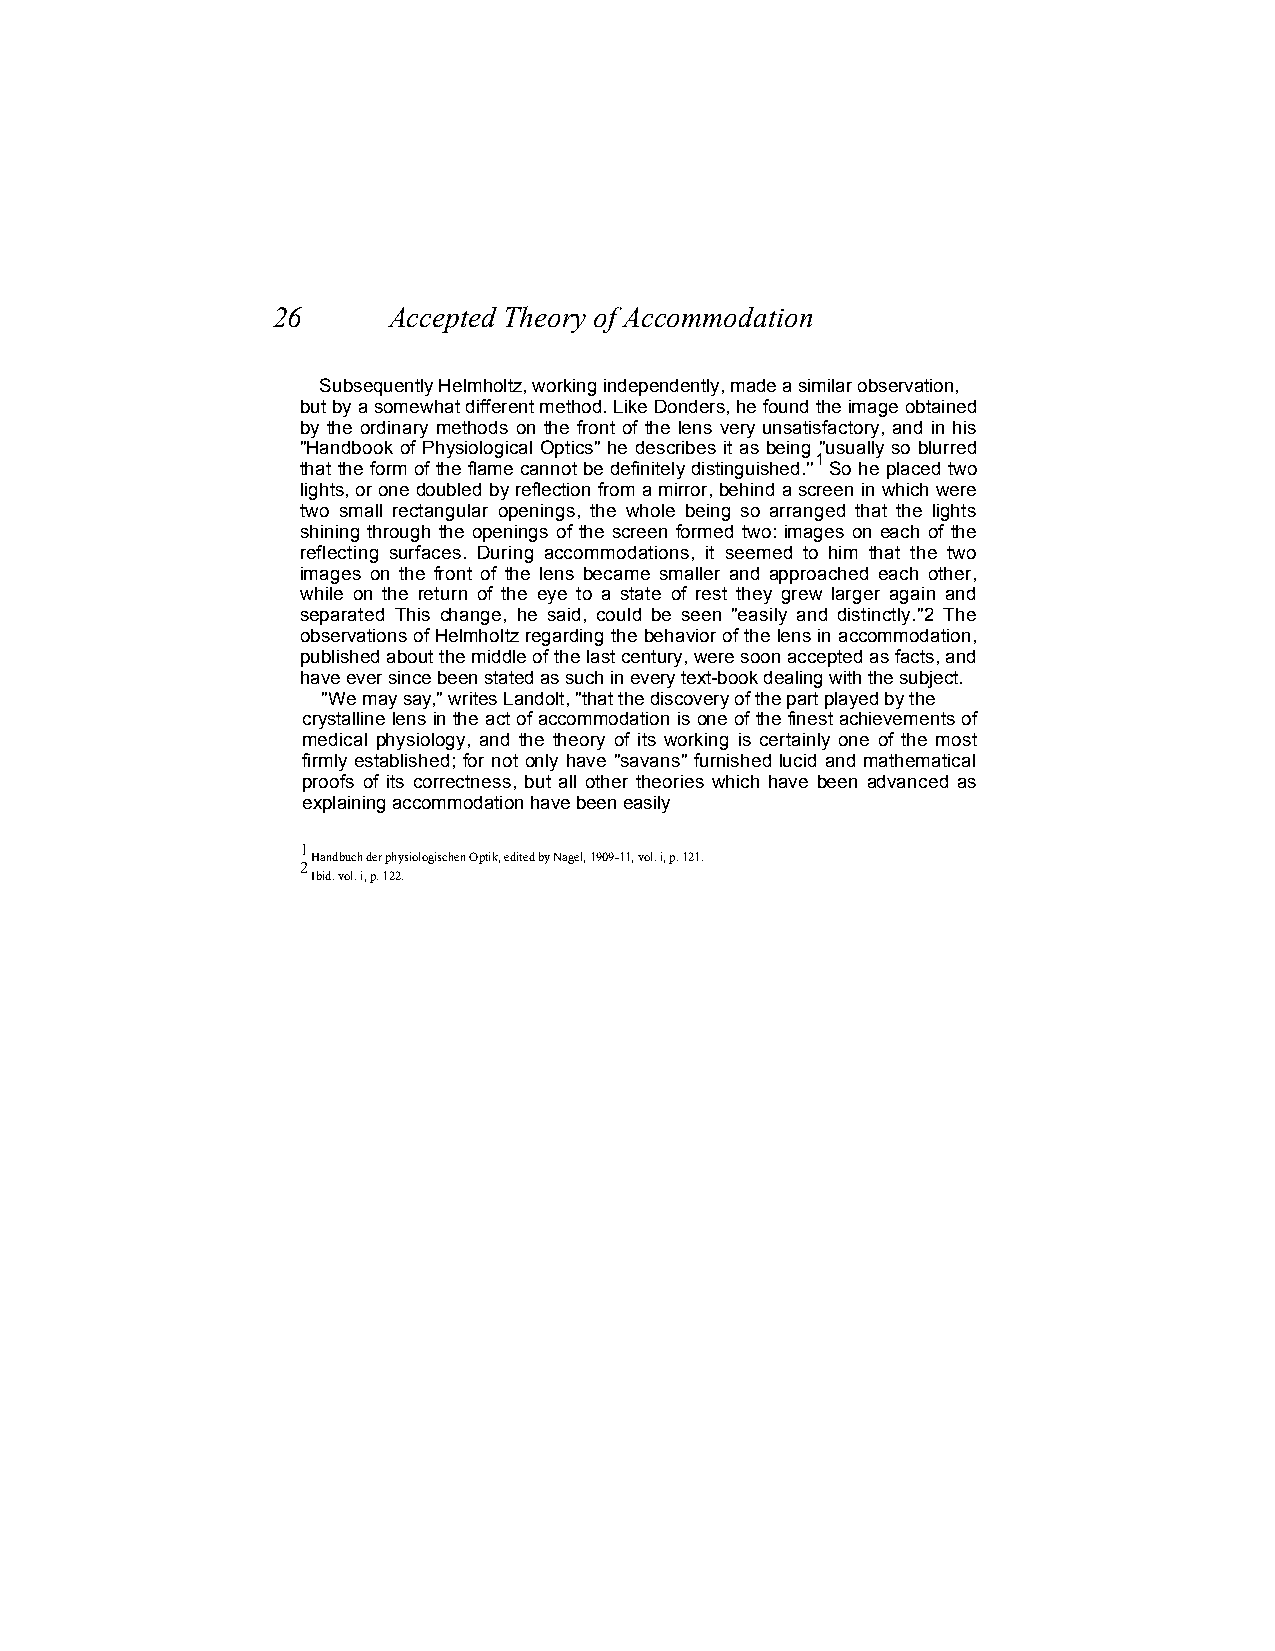
26      Accepted Theory of Accommodation
 Subsequently Helmholtz, working independently, made a similar observation,
 but by a somewhat different method. Like Donders, he found the image obtained
 by the ordinary methods on the front of the lens very unsatisfactory, and in his
 "Handbook of Physiological Optics" he describes it as being "usually so blurred
 1
 that the form of the flame cannot be definitely distinguished.'' So he placed two
 lights, or one doubled by reflection from a mirror, behind a screen in which were
 two small rectangular openings, the whole being so arranged that the lights
 shining through the openings of the screen formed two: images on each of the
 reflecting surfaces. During accommodations, it seemed to him that the two
 images on the front of the lens became smaller and approached each other,
 while on the return of the eye to a state of rest they grew larger again and
 separated This change, he said, could be seen "easily and distinctly."2 The
 observations of Helmholtz regarding the behavior of the lens in accommodation,
 published about the middle of the last century, were soon accepted as facts, and
 have ever since been stated as such in every text-book dealing with the subject.
 "We may say," writes Landolt, "that the discovery of the part played by the
 crystalline lens in the act of accommodation is one of the finest achievements of
 medical physiology, and the theory of its working is certainly one of the most
 firmly established; for not only have "savans" furnished lucid and mathematical
 proofs of its correctness, but all other theories which have been advanced as
 explaining accommodation have been easily
 1
 Handbuch der physiologischen Optik, edited by Nagel, 1909-11, vol. i, p. 121.
 2
 Ibid. vol. i, p. 122.